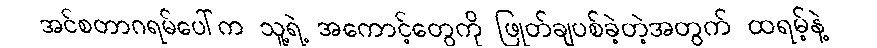
အင်စတာဂရမ်ပေါ်က သူ့ရဲ့ အကောင့်တွေကို ဖြုတ်ချပစ်ခဲ့တဲ့အတွက် ထရမ့်နဲ့